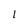
Character: l